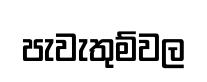
පැවැතුම්වල